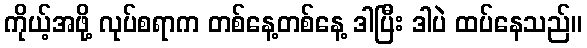
ကိုယ့်အဖို့ လုပ်စရာက တစ်နေ့တစ်နေ့ ဒါပြီး ဒါပဲ ထပ်နေသည်။